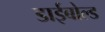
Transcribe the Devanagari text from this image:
डाईबोल्ड